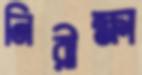
নিরীক্ষা